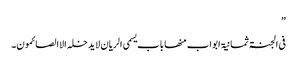
”
فی الجنۃ ثمانیۃ ابواب منھا باب یسمی الریان لایدخلہ الاالصائمون۔